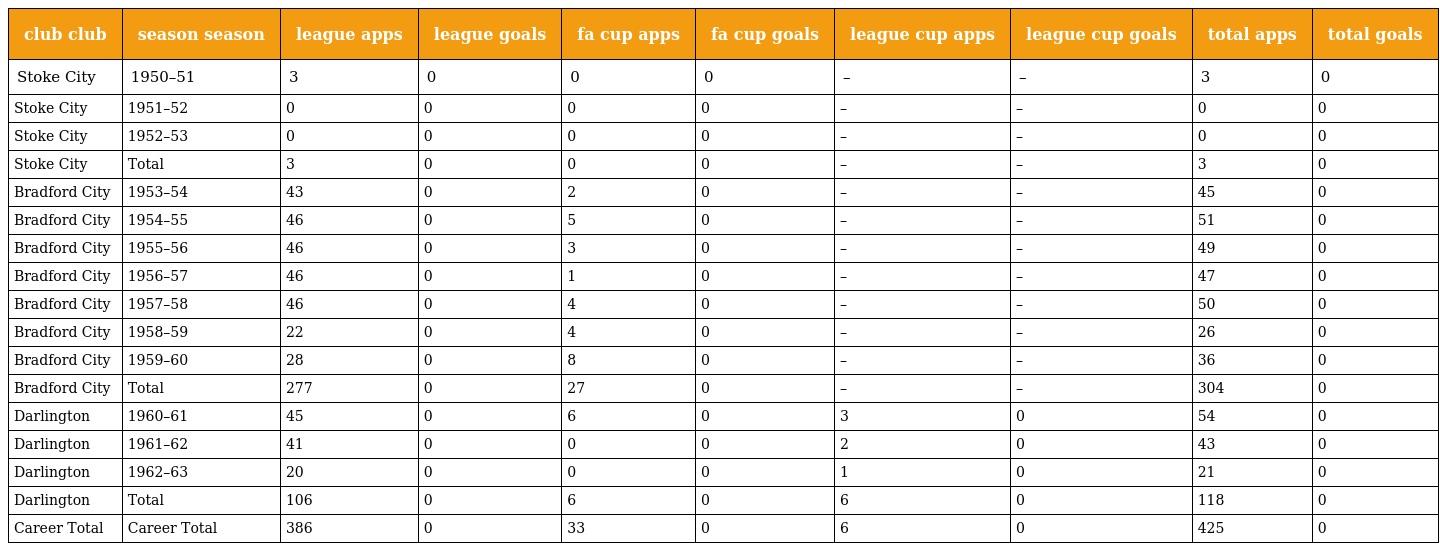
| club club | season season | league apps | league goals | fa cup apps | fa cup goals | league cup apps | league cup goals | total apps | total goals |
 | --- | --- | --- | --- | --- | --- | --- | --- | --- | --- |
 | Stoke City | 1950–51 | 3 | 0 | 0 | 0 | – | – | 3 | 0 |
 | Stoke City | 1951–52 | 0 | 0 | 0 | 0 | – | – | 0 | 0 |
 | Stoke City | 1952–53 | 0 | 0 | 0 | 0 | – | – | 0 | 0 |
 | Stoke City | Total | 3 | 0 | 0 | 0 | – | – | 3 | 0 |
 | Bradford City | 1953–54 | 43 | 0 | 2 | 0 | – | – | 45 | 0 |
 | Bradford City | 1954–55 | 46 | 0 | 5 | 0 | – | – | 51 | 0 |
 | Bradford City | 1955–56 | 46 | 0 | 3 | 0 | – | – | 49 | 0 |
 | Bradford City | 1956–57 | 46 | 0 | 1 | 0 | – | – | 47 | 0 |
 | Bradford City | 1957–58 | 46 | 0 | 4 | 0 | – | – | 50 | 0 |
 | Bradford City | 1958–59 | 22 | 0 | 4 | 0 | – | – | 26 | 0 |
 | Bradford City | 1959–60 | 28 | 0 | 8 | 0 | – | – | 36 | 0 |
 | Bradford City | Total | 277 | 0 | 27 | 0 | – | – | 304 | 0 |
 | Darlington | 1960–61 | 45 | 0 | 6 | 0 | 3 | 0 | 54 | 0 |
 | Darlington | 1961–62 | 41 | 0 | 0 | 0 | 2 | 0 | 43 | 0 |
 | Darlington | 1962–63 | 20 | 0 | 0 | 0 | 1 | 0 | 21 | 0 |
 | Darlington | Total | 106 | 0 | 6 | 0 | 6 | 0 | 118 | 0 |
 | Career Total | Career Total | 386 | 0 | 33 | 0 | 6 | 0 | 425 | 0 |